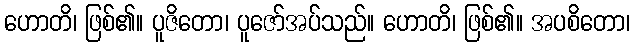
ဟောတိ၊ ဖြစ်၏။ ပူဇိတော၊ ပူဇော်အပ်သည်။ ဟောတိ၊ ဖြစ်၏။ အပစိတော၊